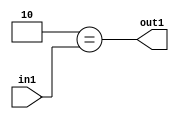
`timescale 1ps / 1ps
/*****************************************************************************
    Verilog RTL Description
    
    
    Created by: Stratus DpOpt 2019.1.01 
*******************************************************************************/

module feature_write_addr_gen_Eqi2u3_4 (
	in1,
	out1
	); /* architecture "behavioural" */ 
input [2:0] in1;
output  out1;
wire  asc001;

assign asc001 = (8'B00000010==in1);

assign out1 = asc001;
endmodule

/* CADENCE  urjxTQ0= : u9/ySgnWtBlWxVPRXgAZ4Og= ** DO NOT EDIT THIS LINE ******/